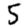
Digit: 5